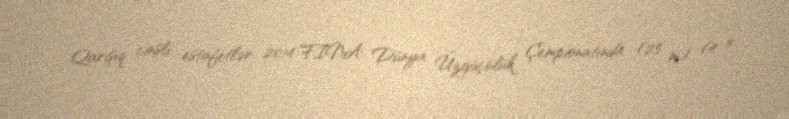
Qarışıq cinsli estafetlər 2014 FINA Dünya Üzgüçülük Çempionatında (25 m) (4 ×